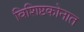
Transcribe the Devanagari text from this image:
विशिष्टकोनात